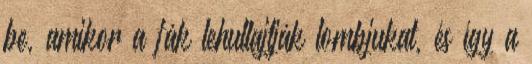
be, amikor a fák lehullajtják lombjukat, és így a